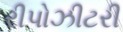
રીપોઝીટરી